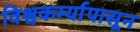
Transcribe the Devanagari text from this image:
विश्वकर्म्यापासून